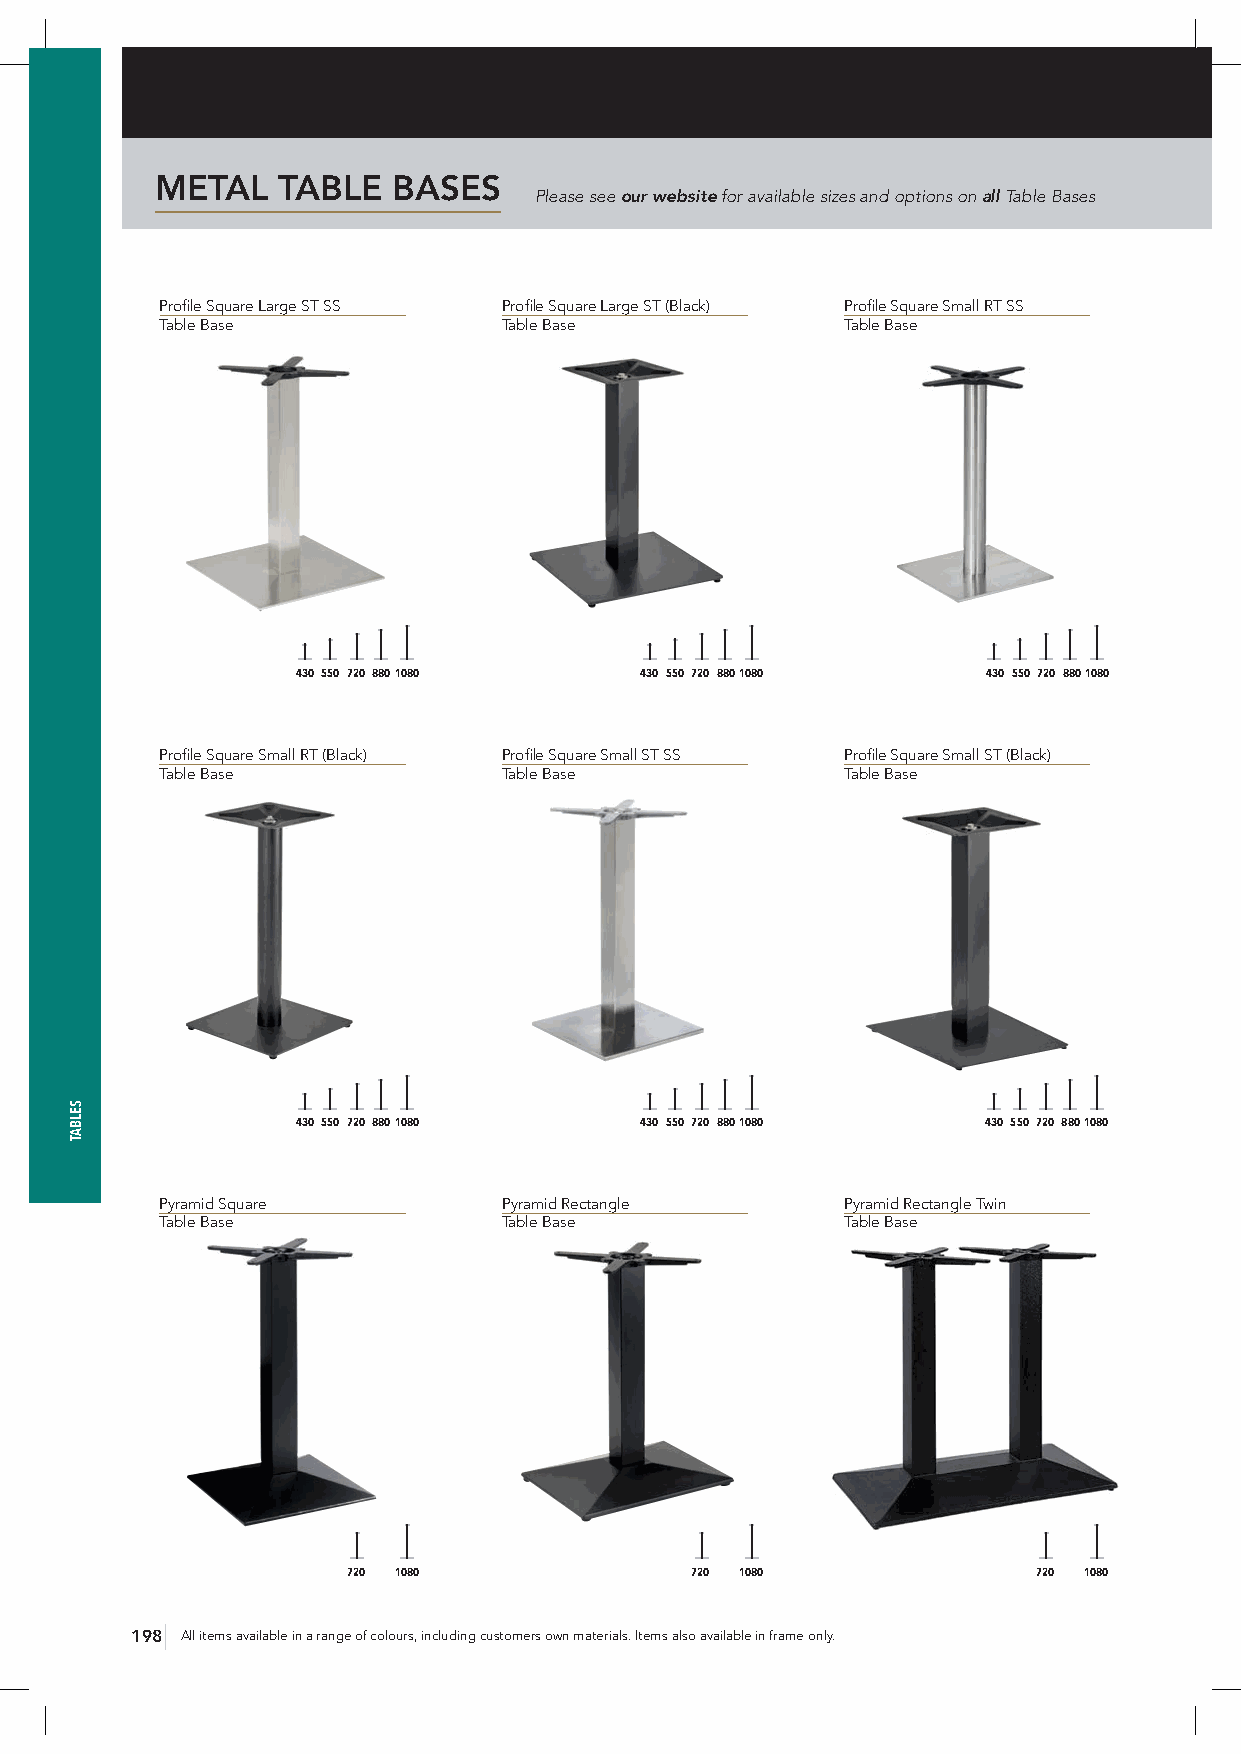
METAL   TABLE   BASES
 Please see our website for available sizes and options on all Table Bases
 Profile Square Large ST SS Profile Square Large ST (Black) Profile Square Small RT SS
 Table Base            Table Base             Table Base
 430 550 720 8801080   430 550 720 8801080    430 550 720 8801080
 Profile Square Small RT (Black) Profile Square Small ST SS Profile Square Small ST (Black)
 Table Base            Table Base             Table Base
 430 550 720 8801080   430 550 720 8801080    430 550 720 8801080
 Pyramid Square        Pyramid Rectangle      Pyramid Rectangle Twin
 Table Base            Table Base             Table Base
 720 1080               720 1080               720 1080
 198 All items available in a range of colours, including customers own materials. Items also available in frame only.
 SELBAT